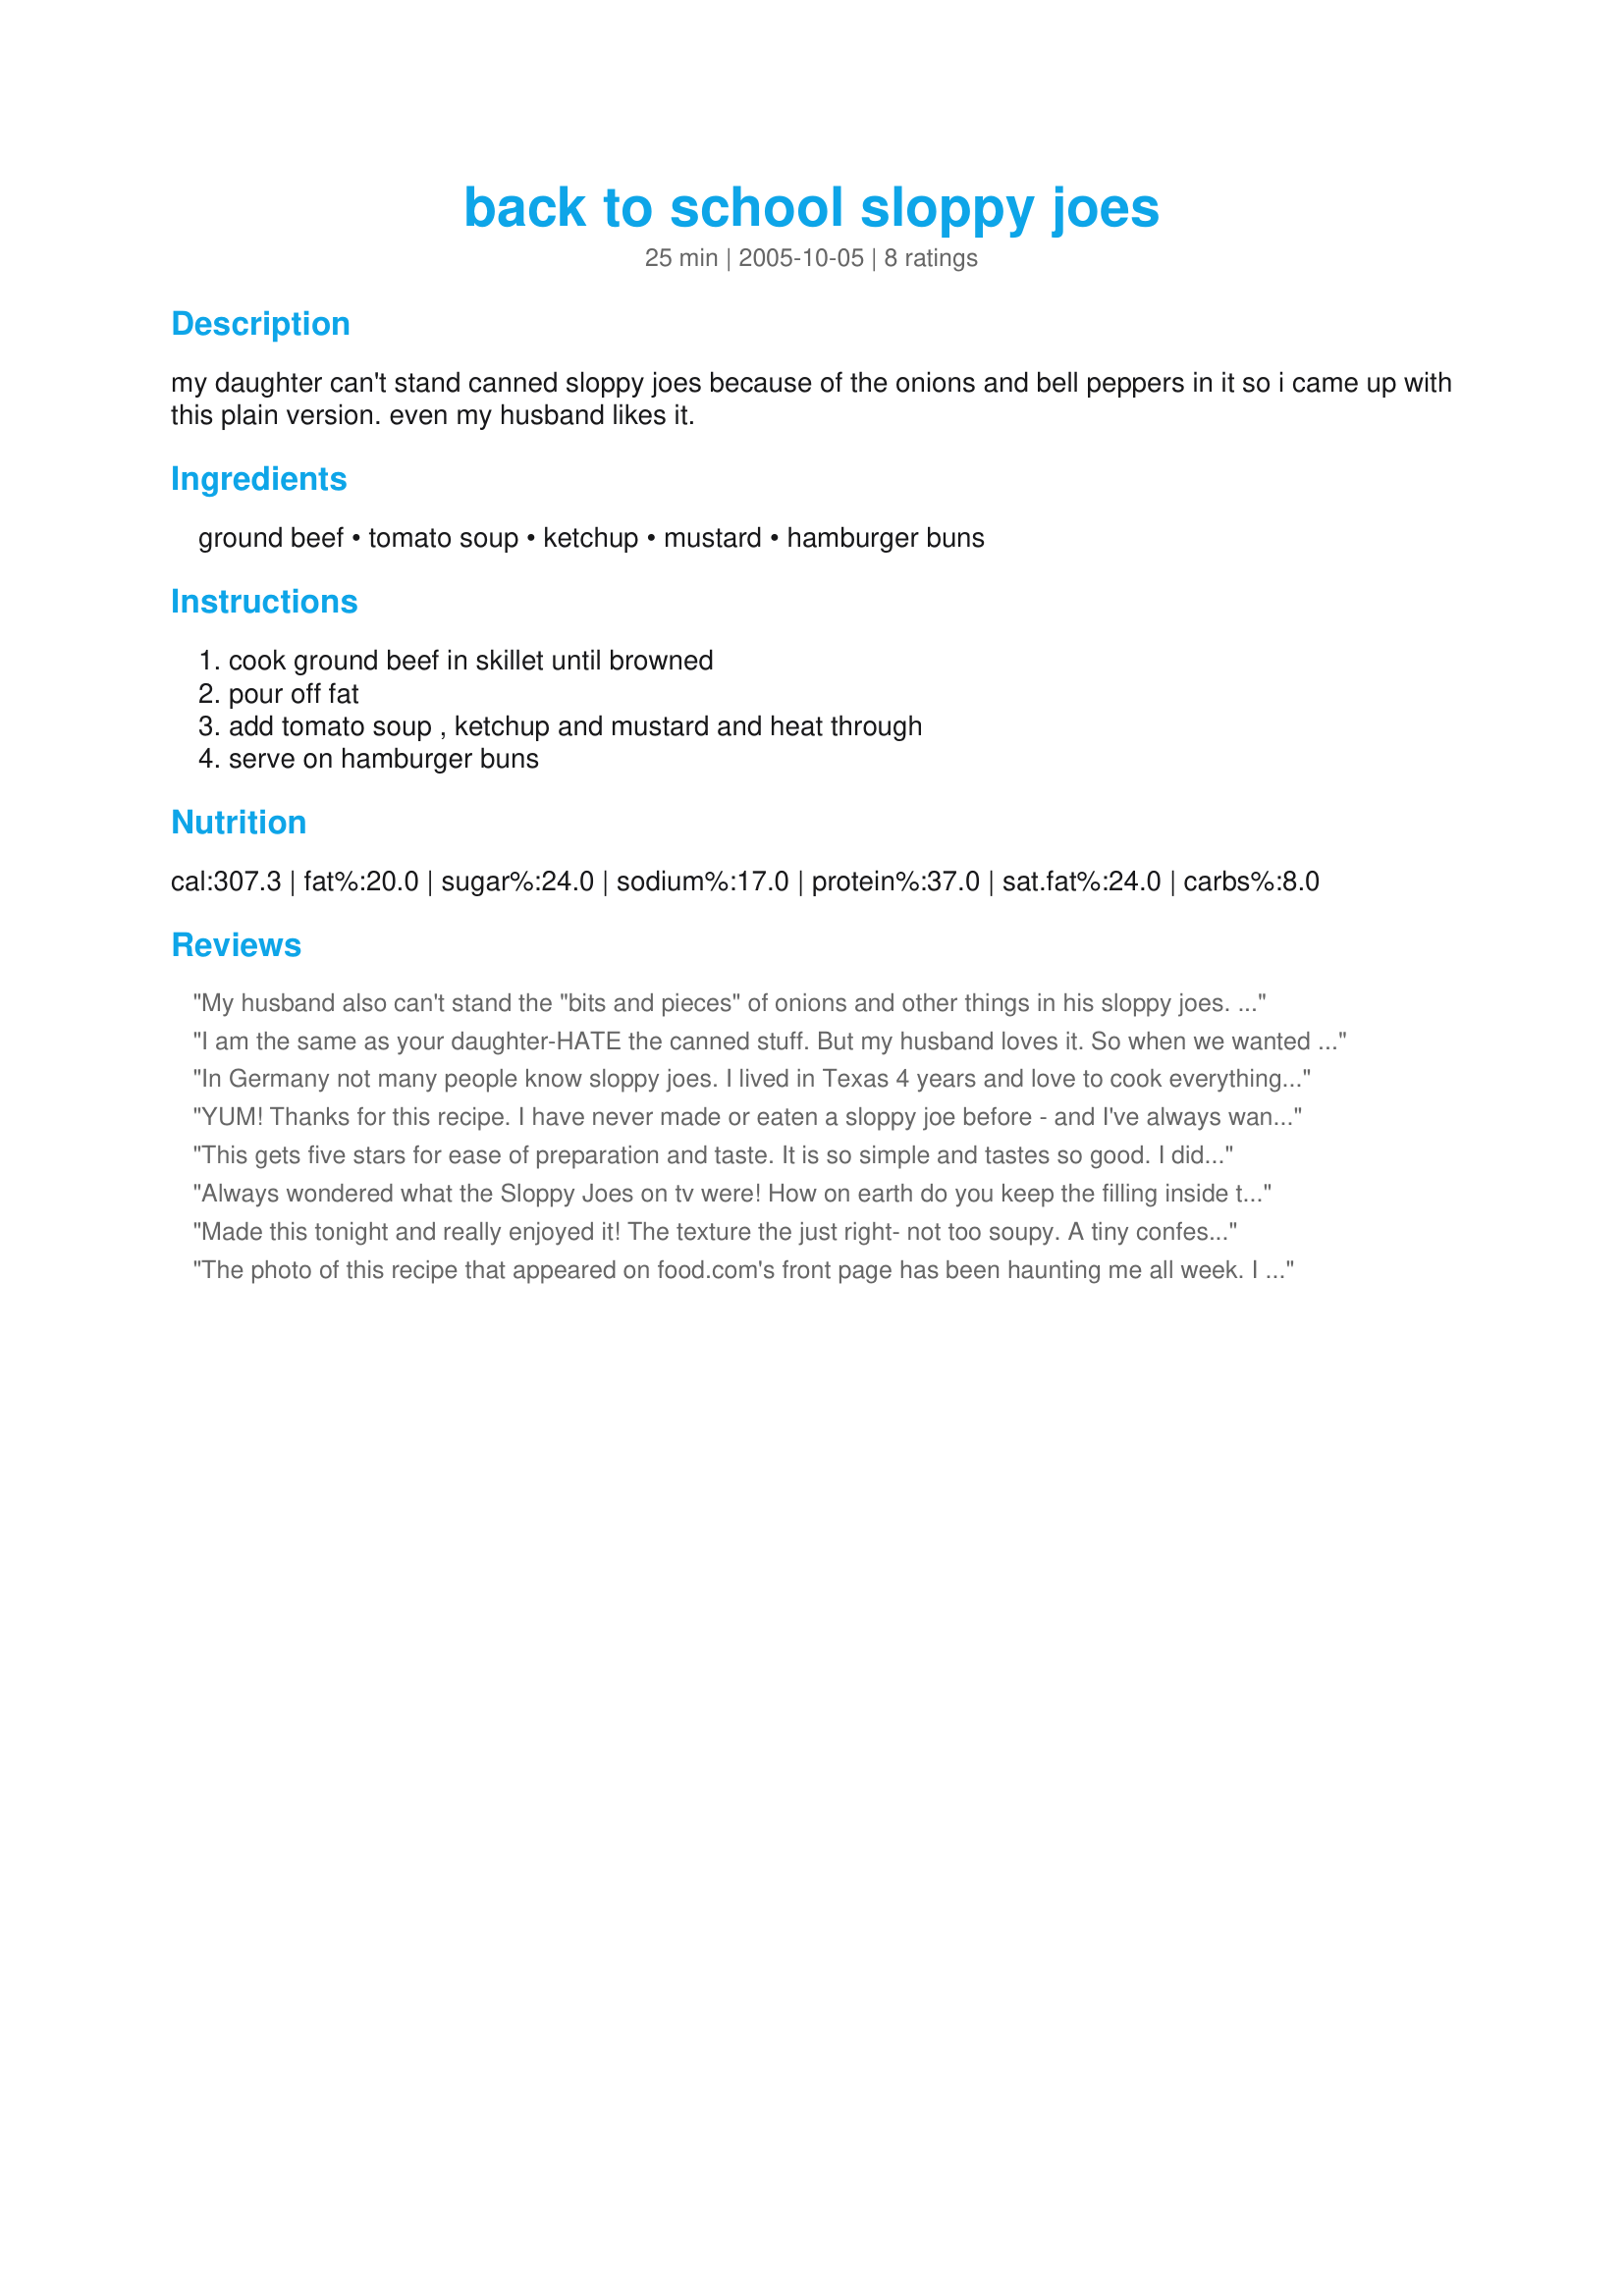
back to school sloppy joes
Preparation time: 25 minutes

my daughter can't stand canned sloppy joes because of the onions and bell peppers in it so i came up with this plain version. even my husband likes it.

Ingredients:
ground beef, tomato soup, ketchup, mustard, hamburger buns

Steps:
cook ground beef in skillet until browned, pour off fat, add tomato soup , ketchup and mustard and heat through, serve on hamburger buns

Reviews:
My husband also can't stand the "bits and pieces" of onions and other things in his sloppy joes. We found this recipe delicious, and you can't beat how easy it is. For a fast, cheap, tasty meal on a weeknight, this really fits the bill. Thanks for sharing!
I am the same as your daughter-HATE the canned stuff. But my husband loves it. So when we wanted sloppy joes the other night, of course it was a fight over homemade or canned. I won (HA!) and made this. He loved it and said that he'd choose this over the canned stuff anytime. My 2 year old loved it too!
In Germany not many people know sloppy joes. I lived in Texas 4 years and love to cook everything that comes from your country. I made sloppy joes ever since my daughter was little( she´s 20 now) and she just loves her sloppy joe. Thank you for this recipe!
YUM! Thanks for this recipe. I have never made or eaten a sloppy joe before - and I've always wanted to. This recipe was the perfect introduction! I added finely chopped onion that I browned with the ground beef. I also added a small handful of brown sugar to play up the sweatness; kind of like how I do my baked beans. Had it on whole wheat rolls with a piece of American cheese. Second helping, we left out the bun and ate with tostitos scoops. YUM!! The whole thing went together really quickly. Thank you!!
This gets five stars for ease of preparation and taste. It is so simple and tastes so good. I did add a little beef soup base and some chipotle pepper. We like out food spicy. Thanks for the recipe.
Always wondered what the Sloppy Joes on tv were! <br/>How on earth do you keep the filling inside the buns as you eat them? They are so messy!<br/><br/>Can't say we liked them, sorry.
Made this tonight and really enjoyed it! The texture the just right- not too soupy. A tiny confession- I know this is supposed to be PLAIN sloppy joes, but I did add some dried onion flakes. Thanks for a great, SIMPLE recipe! :-)
The photo of this recipe that appeared on food.com's front page has been haunting me all week. I was in a total mess until I made this during the day today. Now, I feel better! This is a great, easy as peasy recipe to put on the stove-top, and snack away. I followed this exactly, except for adding some fresh tomatoes, and cooking them right along with the soup/mustard/ketchup. (*had some late summer tomatoes to use up) ~ and it tastes so good, you will want to have this on hand to use for after-school snacking. I can see serving them on toast, english muffins, or the slider rolls - or even hot dog rolls. In fact, you could serve this as a topping for hot dogs....the variations are endless. Thanks for posting such a winner, looneytunesfan! Hugs from the farm!
